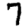
Digit: 7